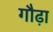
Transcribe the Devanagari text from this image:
गौढ़ा